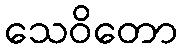
သေဝိတော